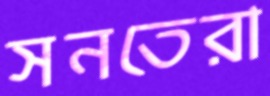
সনতেরা